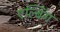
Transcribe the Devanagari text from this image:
एल्बिंग